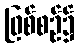
ဖြစ်စဉ်၌